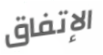
الإتفاق